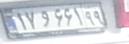
۱۷و۶۶۱۹۹